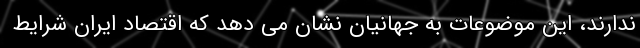
ندارند، این موضوعات به جهانیان نشان می دهد که اقتصاد ایران شرایط